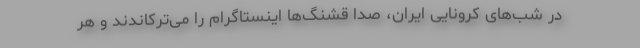
در شب‌های کرونایی ایران، صدا قشنگ‌ها اینستاگرام را می‌ترکاندند و هر